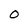
Character: 0